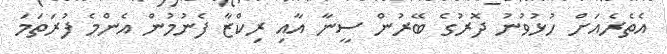
އެތެރެއަށް ހުޅުވުނު ދޮރުގެ ބޭރުން ސީނާ އާއި ރިކްޒާ ފެނުމުން އެންމެ ފުރަތަމަ